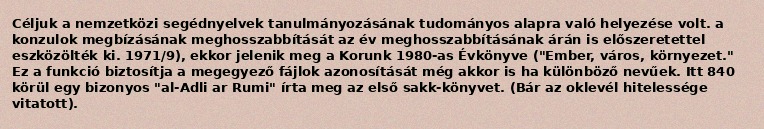
Céljuk a nemzetközi segédnyelvek tanulmányozásának tudományos alapra való helyezése volt. a konzulok megbízásának meghosszabbítását az év meghosszabbításának árán is előszeretettel eszközölték ki. 1971/9), ekkor jelenik meg a Korunk 1980-as Évkönyve ("Ember, város, környezet." Ez a funkció biztosítja a megegyező fájlok azonosítását még akkor is ha különböző nevűek. Itt 840 körül egy bizonyos "al-Adli ar Rumi" írta meg az első sakk-könyvet. (Bár az oklevél hitelessége vitatott).